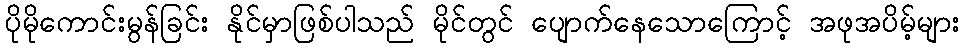
ပိုမိုကောင်းမွန်ခြင်း နိုင်မှာဖြစ်ပါသည် မိုင်တွင် ပျောက်နေသောကြောင့် အဖုအပိမ့်များ